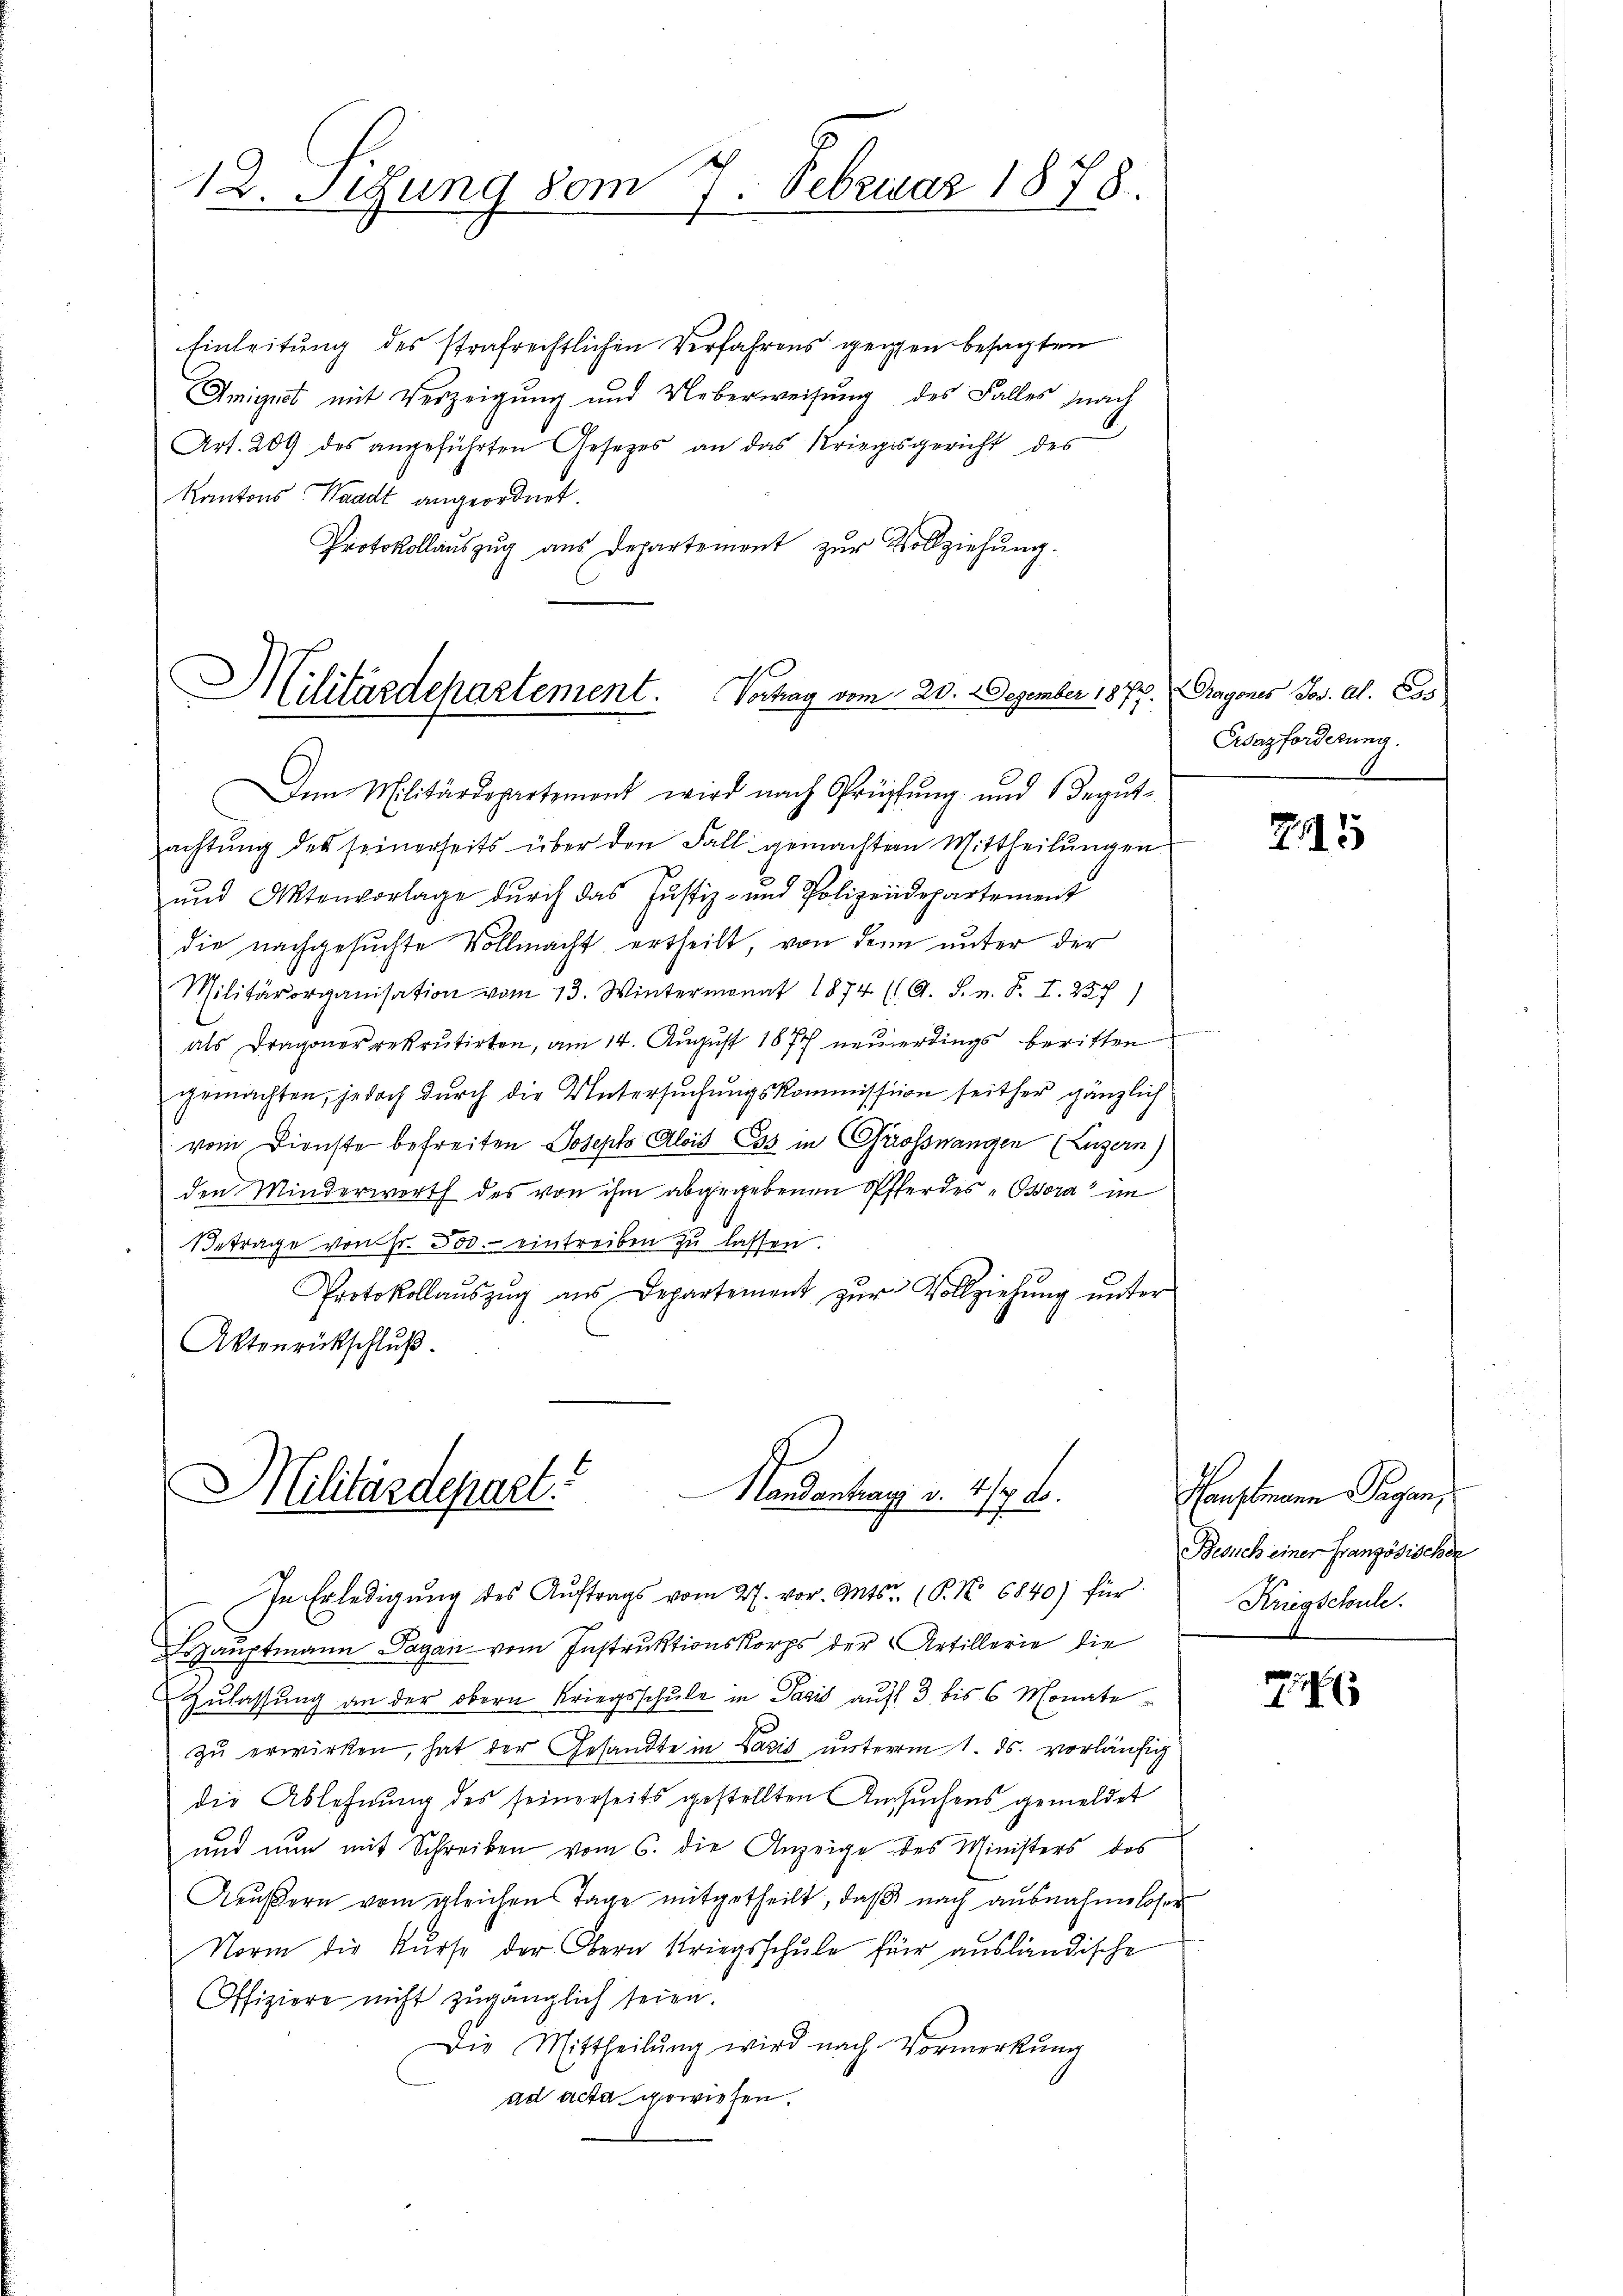
Einleitung des strafrechtlichen Verfahrens gegen besagten
Amigist mit Verzeigung und Ueberweisung des Falles nach
Art. 209 des angeführten Gesetzes an das Kriegsgericht des
Kantons Waadt angeordnet.
Protokollauszug aus Departement zŭr Vollziehung.

12. Figung vom 7. Februar 1878.

Militärdehartement. Vorhag vom 20. Dezember 1871. (Gragones Jos. Al. Cos
t
Dem Militärdepartement wird nach Prüffŭng und Begŭt-

achtŭng des seinerseits über den Fall gemachten Mittheilŭngen
und Aktenvorlage durch das Justiz- und Polizeidepartement
die nachgesuchte Vollmacht ertheilt, von den unter der
Militärorganisation vom 13. Wintermonat 1874 (A. S. n. F. I. 237)
als Dragoner rekrutirten, am 14. August 1877 neuerdings beritten
gemachten, jedoch durch die Untersuchungskommission seither gänzlich
vom Dienste befreiten Joseph Alois Cos in Grossnangen (Luzern)
den Minderwort des von ihm abgegebenen Offerdes - Ossora im
Betrage von Fr. 503. eintreiben zu lassen.
Protokollaŭszŭg aŭs Departement zŭr Vollziehŭng ŭnter
Aktenrückschluß

Militärdepart
Nandantrags u. 414. d.

In Erledigung des Auftrags vom 27. vor. Mts. (P. No 6840) für

Erdazforderung.

shauptmann Pagan vom Instruktionskorps der Artillerie die
Zulassung an der obern Kriegsschule in Pasis auf 3 bis 6 Monate
zŭ erwirken, hat der Gesandte in Vasis unterm 1. ds. vorläufig
die Ablehnung des seinerseits gestellten Ansuchens gemeldet
und nun mit Schreiben vom 6. die Anzeige des Ministers des
Aeŭβern vom gleichen Tage mitgetheilt, daβ nach ausnahmsloser
Norm die Kurse der Obern Kriegsschule für ausländische
Offiziere nicht zugänglich seien.
Die Mittheilŭng wird nach Vormerkung
ad acta gewiesen.

2115

Hauptmann Paganz
Besuch einer Französischen
Kriegschule.